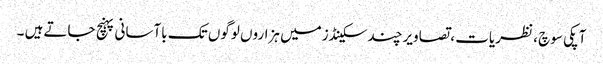
آپکی سوچ ، نظریات ، تصاویرچند سکینڈزمیں ہزاروں لوگوں تک باآسانی پہنچ جاتےہیں ۔